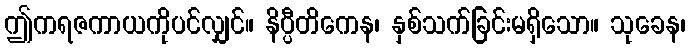
ဤကရဇကာယကိုပင်လျှင်။ နိပ္ပီတိကေန၊ နှစ်သက်ခြင်းမရှိသော။ သုခေန၊